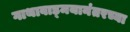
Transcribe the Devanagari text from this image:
गाथावाड्मयानंतरच्या